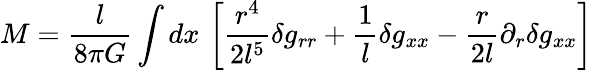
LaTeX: M=\frac{l}{8\pi G}\int dx\, \left[\frac{r^{4}}{2l^{5}}\delta g_{rr}+\frac{1}{l}\delta g_{xx}-\frac{r}{2l}\partial_{r}\delta g_{xx}\right]